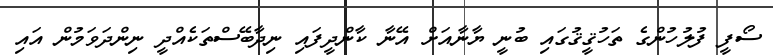
ސޯފީ ފުލުހުންގެ ތަހުޤީޤުގައި ބުނީ ޔާނާއަށް އޭނާ ކާންދީފައި ނިދާބޭސްތަކެއްދީ ނިންދަވަމުން އައި